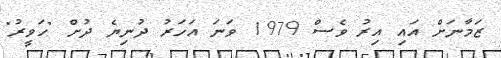
ޒަމާނަށް އައި އިރު ވެސް 1979 ވަނަ އަހަރު ދުނިޔެ ދުށް "ހަވީރު"